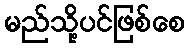
မည်သို့ပင်ဖြစ်စေ